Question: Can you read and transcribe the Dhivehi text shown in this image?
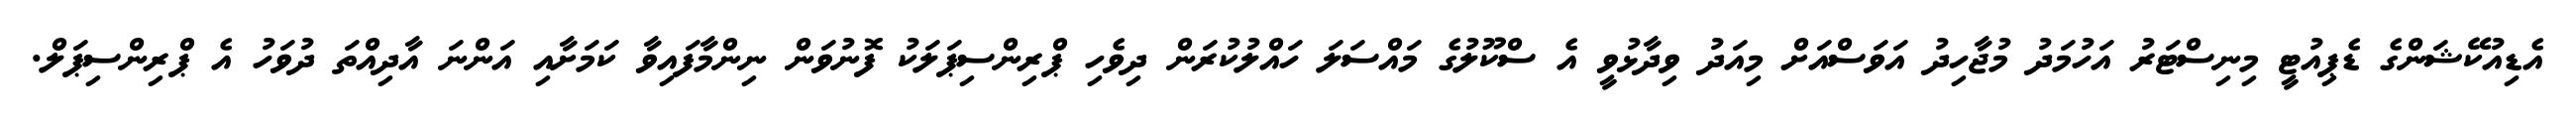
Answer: އެޑިއުކޭޝަންގެ ޑެޕިއުޓީ މިނިސްޓަރު އަހުމަދު މުޖާހިދު އަވަސްއަށް މިއަދު ވިދާޅުވީ އެ ސްކޫލުގެ މައްސަލަ ހައްލުކުރަން ދިވެހި ޕްރިންސިޕަލަކު ފޮނުވަން ނިންމާފައިވާ ކަމަށާއި އަންނަ އާދިއްތަ ދުވަހު އެ ޕްރިންސިޕަލް.